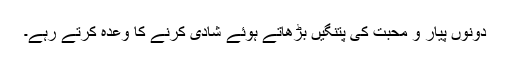
دونوں پیار و محبت کی پتنگیں بڑھاتے ہوئے شادی کرنے کا وعدہ کرتے رہے۔